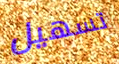
تسهيل